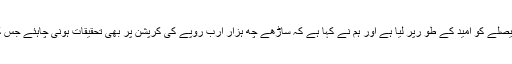
انہوں نے کہاکہ ہم نے آج کے فیصلے کو امید کے طو رپر لیا ہے اور ہم نے کہا ہے کہ ساڑھے چھ ہزار ارب روپے کی کرپشن پر بھی تحقیقات ہونی چاہئے جس کی نگرانی سپریم کورٹ کرے ۔